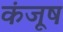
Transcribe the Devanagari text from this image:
कंजूष